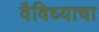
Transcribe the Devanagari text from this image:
वैविध्याचा